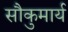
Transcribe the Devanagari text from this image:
सौकुमार्य